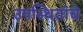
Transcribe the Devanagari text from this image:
उपस्थितांचे